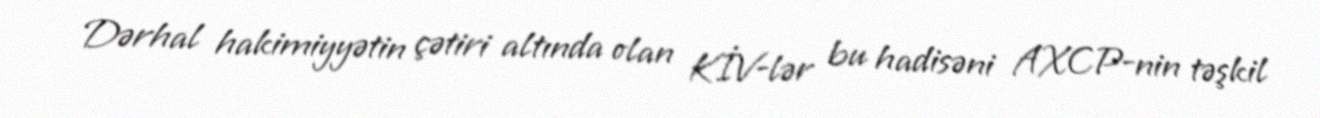
Dərhal hakimiyyətin çətiri altında olan KİV-lər bu hadisəni AXCP-nin təşkil